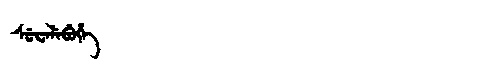
Manchu: ᠰᡠᠸᡝᠯᡝᠪᡠᡥᡝ
Romanization: SUWELEBUHE